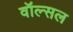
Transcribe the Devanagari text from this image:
वॉल्सल